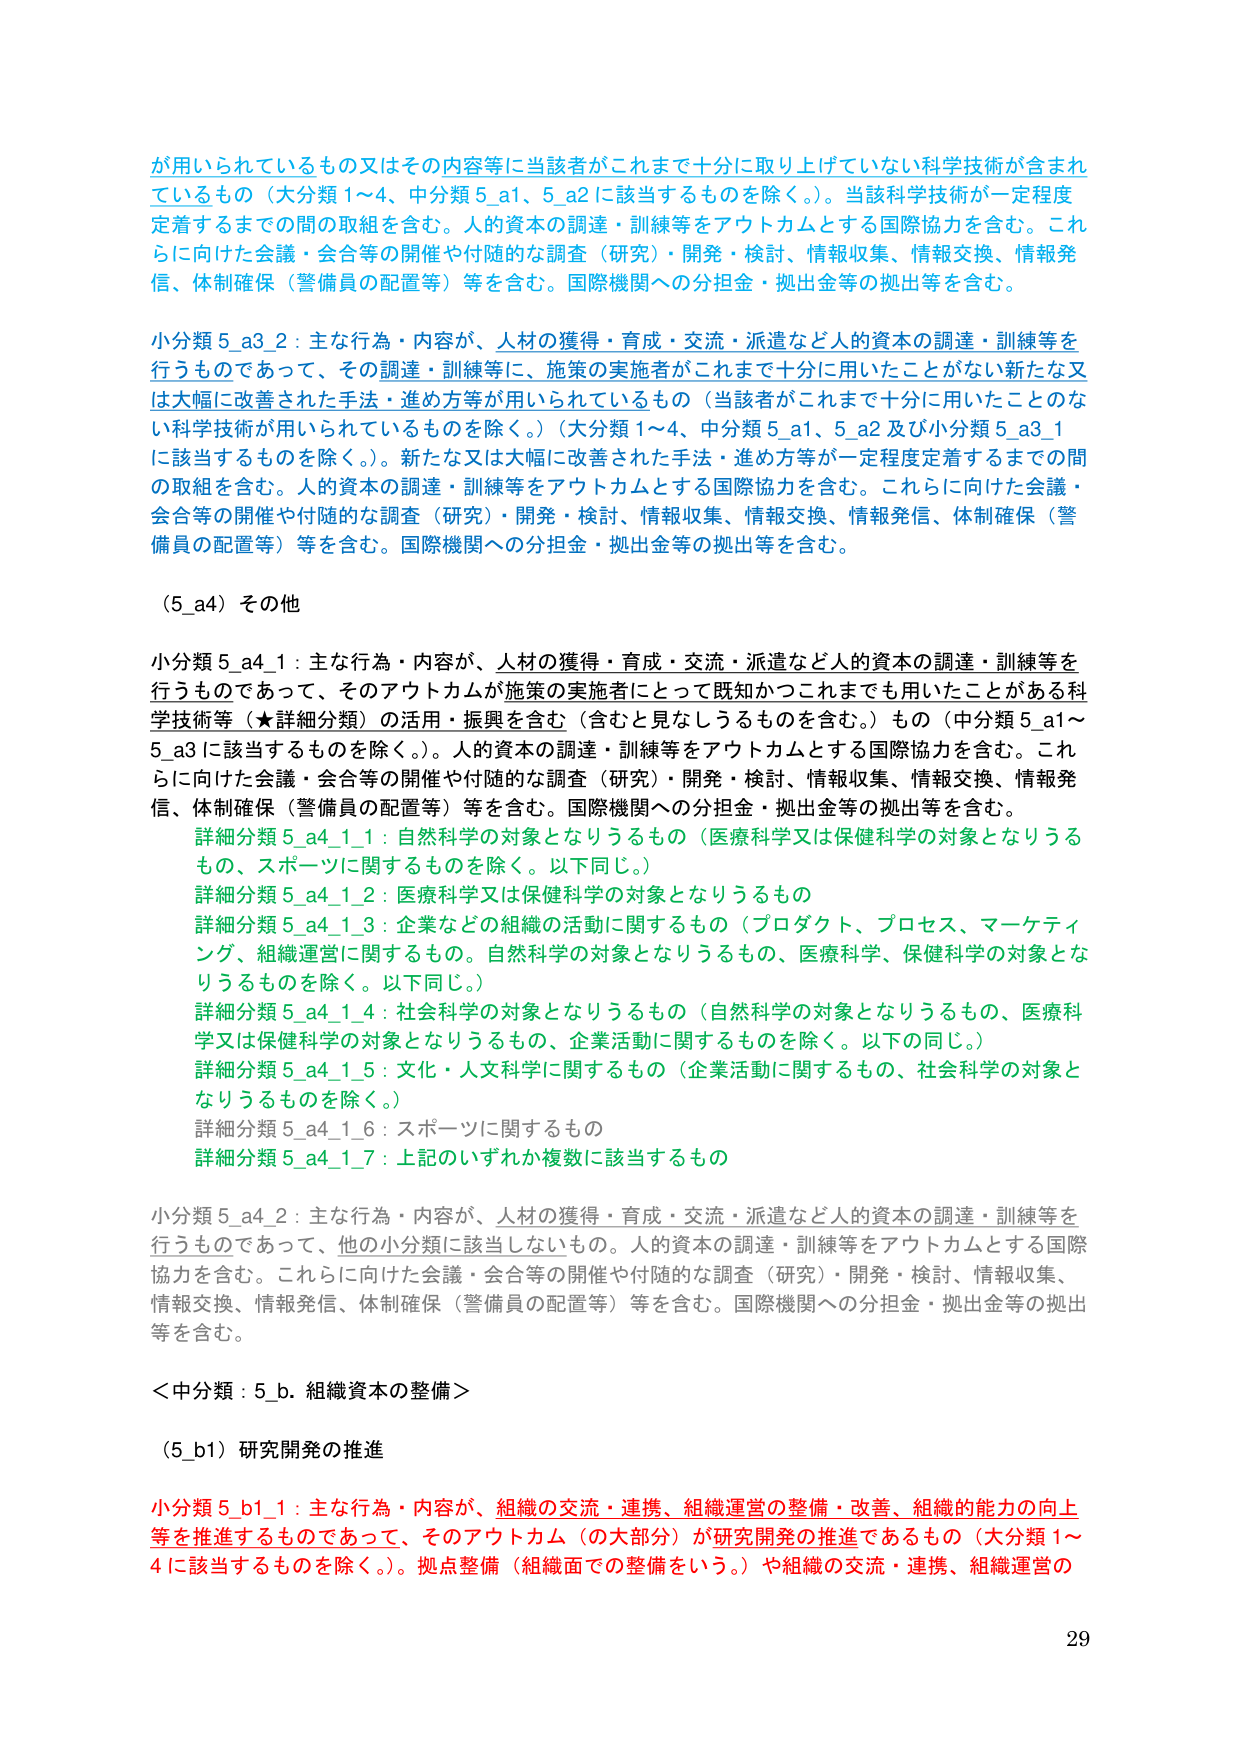
が用いられているもの又はその内容等に当該者がこれまで十分に取り上げていない科学技術が含まれているもの（大分類1～4、中分類5_a1、5_a2に該当するものを除く。）。当該科学技術が一定程度定着するまでの間の取組を含む。人的資本の調達・訓練等をアウトカムとする国際協力を含む。これらに向けた会議・会合等の開催や付随的な調査（研究）・開発・検討、情報収集、情報交換、情報発信、体制確保（警備員の配置等）等を含む。国際機関への分担金・拠出金等の拠出等を含む。

小分類5_a3_2：主な行為・内容が、人材の獲得・育成・交流・派遣など人的資本の調達・訓練等を行うものであって、その調達・訓練等に、施策の実施者がこれまで十分に用いたことがない新たな又は大幅に改善された手法・進め方等が用いられているもの（当該者がこれまで十分に用いたことのない科学技術が用いられているものを除く。）（大分類1～4、中分類5_a1、5_a2及び小分類5_a3_1に該当するものを除く。）。新たな又は大幅に改善された手法・進め方等が一定程度定着するまでの間の取組を含む。人的資本の調達・訓練等をアウトカムとする国際協力を含む。これらに向けた会議・会合等の開催や付随的な調査（研究）・開発・検討、情報収集、情報交換、情報発信、体制確保（警備員の配置等）等を含む。国際機関への分担金・拠出金等の拠出等を含む。

（5_a4）その他

小分類5_a4_1：主な行為・内容が、人材の獲得・育成・交流・派遣など人的資本の調達・訓練等を行うものであって、そのアウトカムが施策の実施者にとって既知かつこれまでも用いたことがある科学技術等（★詳細分類）の活用・振興を含む（含むと見なしうるものを含む。）もの（中分類5_a1～5_a3に該当するものを除く。）。人的資本の調達・訓練等をアウトカムとする国際協力を含む。これらに向けた会議・会合等の開催や付随的な調査（研究）・開発・検討、情報収集、情報交換、情報発信、体制確保（警備員の配置等）等を含む。国際機関への分担金・拠出金等の拠出等を含む。

　詳細分類5_a4_1_1：自然科学の対象となりうるもの（医療科学又は保健科学の対象となりうるもの、スポーツに関するものを除く。以下同じ。）

　詳細分類5_a4_1_2：医療科学又は保健科学の対象となりうるもの

　詳細分類5_a4_1_3：企業などの組織の活動に関するもの（プロダクト、プロセス、マーケティング、組織運営に関するもの。自然科学の対象となりうるもの、医療科学、保健科学の対象となりうるものを除く。以下同じ。）

　詳細分類5_a4_1_4：社会科学の対象となりうるもの（自然科学の対象となりうるもの、医療科学又は保健科学の対象となりうるもの、企業活動に関するものを除く。以下の同じ。）

　詳細分類5_a4_1_5：文化・人文科学に関するもの（企業活動に関するもの、社会科学の対象となりうるものを除く。）

　詳細分類5_a4_1_6：スポーツに関するもの

　詳細分類5_a4_1_7：上記のいずれか複数に該当するもの

小分類5_a4_2：主な行為・内容が、人材の獲得・育成・交流・派遣など人的資本の調達・訓練等を行うものであって、他の小分類に該当しないもの。人的資本の調達・訓練等をアウトカムとする国際協力を含む。これらに向けた会議・会合等の開催や付随的な調査（研究）・開発・検討、情報収集、情報交換、情報発信、体制確保（警備員の配置等）等を含む。国際機関への分担金・拠出金等の拠出等を含む。

＜中分類：5_b．組織資本の整備＞

（5_b1）研究開発の推進

小分類5_b1_1：主な行為・内容が、組織の交流・連携、組織運営の整備・改善、組織的能力の向上等を推進するものであって、そのアウトカム（の大部分）が研究開発の推進であるもの（大分類1～4に該当するものを除く。）。拠点整備（組織面での整備をいう。）や組織の交流・連携、組織運営の

29